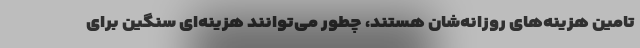
تامین هزینه‌های روزانه‌شان هستند، چطور می‌توانند هزینه‌ای سنگین برای